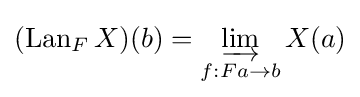
(\operatorname {Lan} _{F}X)(b)=\varinjlim _{f:Fa\to b}X(a)